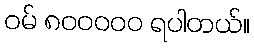
ဝမ် ၈၀၀၀၀၀ ရပါတယ်။